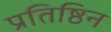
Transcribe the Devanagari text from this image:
प्रतिष्ठिन